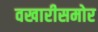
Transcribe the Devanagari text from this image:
वखारीसमोर